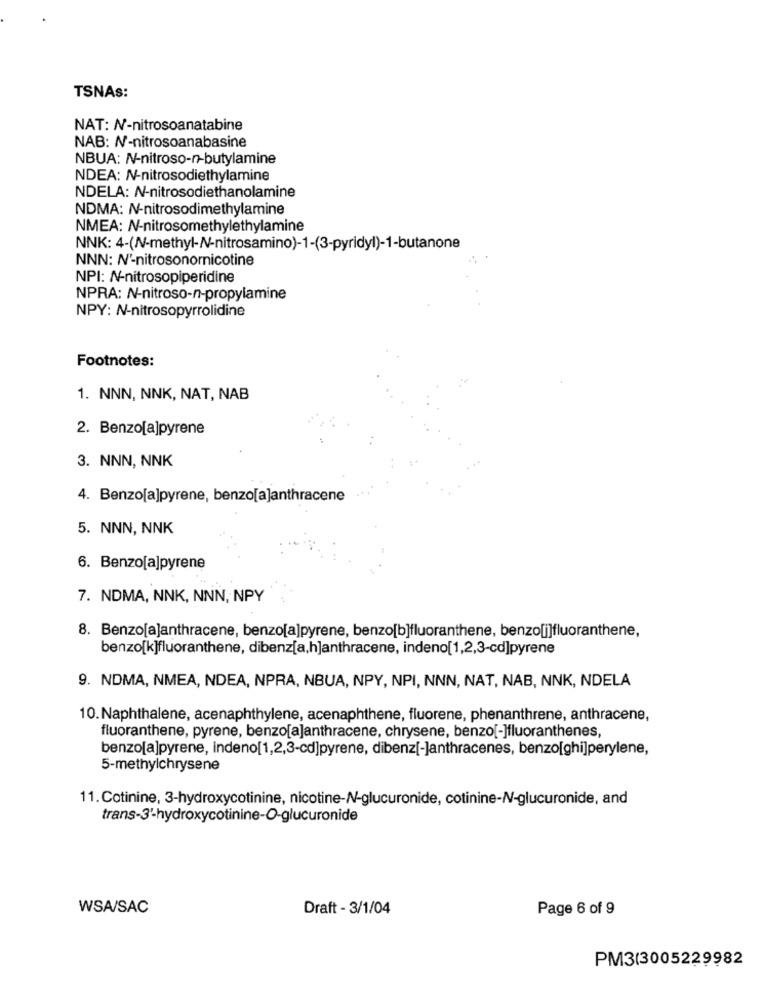
TSNAs:
NAT: N-nitrosoanatabine
NAB: N-nitrosoanabasine
NBUA: N-nitroso-n-butylamine
NDEA: N-nitrosodiethylamine
NDELA: N-nitrosodiethanolamine
NDMA: N-nitrosodimethylamine
NMEA: N-nitrosomethylethylamine
NNK: 4-(N-methyl-N-nitrosamino)-1-(3-pyridyl)-1-butanone
NNN: Nº-nitrosonornicotine
NPI: N-nitrosopiperidine
NPRA: N-nitroso-n-propylamine
NPY: N-nitrosopyrrolidine
Footnotes:
1. NNN, NNK, NAT, NAB
2. Benzo[a]pyrene
3. NNN, NNK
4. Benzo[a]pyrene, benzo[a]anthracene
5. NNN, NNK
6. Benzo[a]pyrene
7. NDMA, NNK, NNN, NPY
8. Benzo[a]anthracene, benzo[a]pyrene, benzo[b]fluoranthene, benzo[i]fluoranthene,
benzo[k]fluoranthene, dibenz[a,h]anthracene, indeno[1,2,3-cd]pyrene
9. NDMA, NMEA, NDEA, NPRA, NBUA, NPY, NPI, NNN, NAT, NAB, NNK, NDELA
10.Naphthalene, acenaphthylene, acenaphthene, fluorene, phenanthrene, anthracene,
fluoranthene, pyrene, benzo[a]anthracene, chrysene, benzo[-]fluoranthenes,
benzo[a]pyrene, indeno[1,2,3-cd]pyrene, dibenz[-]anthracenes, benzo[ghi]perylene,
5-methylchrysene
11. Cotinine, 3-hydroxycotinine, nicotine-N-glucuronide, cotinine-N-glucuronide, and
trans-3'-hydroxycotinine-O-glucuronide
WSA/SAC
Draft - 3/1/04
Page 6 of 9
PM3(3005229982